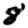
Digit: 8